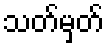
သတ်မှတ်